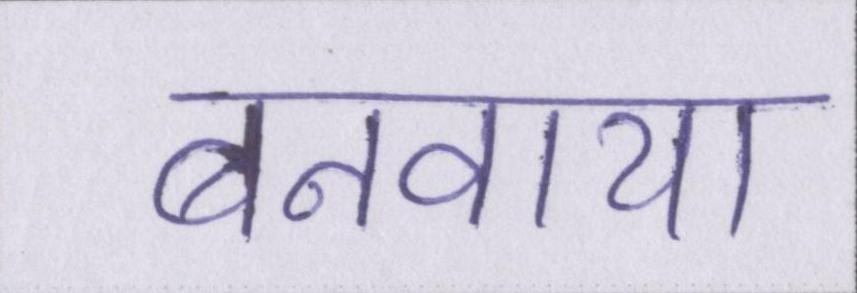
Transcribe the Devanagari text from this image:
बनवाया